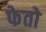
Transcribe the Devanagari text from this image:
फेतो